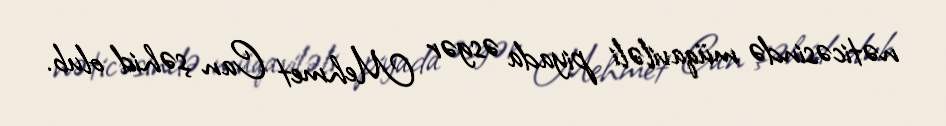
nəticəsində müqaviləli piyada əsgər Mehmet Can şəhid olub.